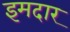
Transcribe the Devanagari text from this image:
इमदार